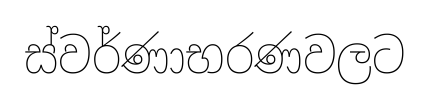
ස්වර්ණාභරණවලට